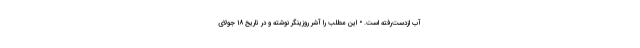
آب ازدست‌رفته است. • این مطلب را آشر روزینگر نوشته و در تاریخ ۱۸ جولای